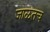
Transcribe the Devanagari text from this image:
जाळतच